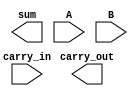
`timescale 1ns / 1ps

//////////////////////////////////////////////////////////////////////////////////
// ACS
// Computer Design 1
//  
// Module Name:  		ripple_carry_8bit
// Project Name:		Laborator 6
// Target Devices: 		Digilent Nexys 3
//////////////////////////////////////////////////////////////////////////////////

module ripple_carry_8bit(
		output carry_out,
		output [7:0] sum,
		input  [7:0] A,
		input  [7:0] B,
		input carry_in
    );
	
	// TODO 2: Implementati un sumator ripple-carry pe 8 biti folosind modul full-adder implementat anterior.
	// Hint: buffer pentru transportul din rangul inferior
	
endmodule